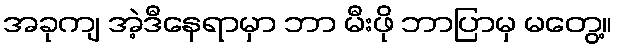
အခုကျ အဲ့ဒီနေရာမှာ ဘာ မီးဖို ဘာပြာမှ မတွေ့။